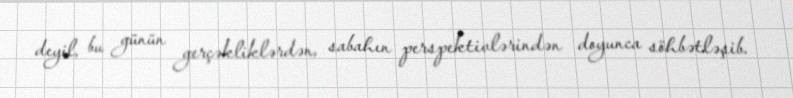
deyil, bu günün gerçəkliklərdən, sabahın perspektivlərindən doyunca söhbətləşib.